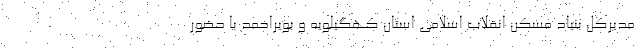
مدیرکل بنیاد مسکن انقلاب اسلامی استان کهگیلویه و بویراحمد با حضور